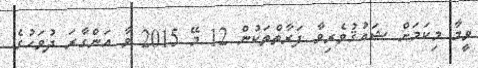
ވީމާ މިކަމަށް ޝައުޤުވެރިވާ ފަރާތްތަކުން 12 މޭ 2015 ވާ އަންގާރަ ދުވަހުގެ